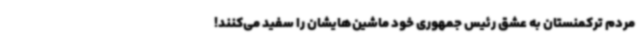
مردم ترکمنستان به عشق رئیس جمهوری خود ماشین‌هایشان را سفید می‌کنند!